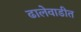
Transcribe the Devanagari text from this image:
ढालेवाडीत